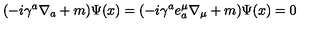
( - i \gamma ^ { a } \nabla _ { a } + m ) \Psi ( x ) = ( - i \gamma ^ { a } e _ { a } ^ { \mu } \nabla _ { \mu } + m ) \Psi ( x ) = 0